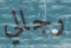
رجالي